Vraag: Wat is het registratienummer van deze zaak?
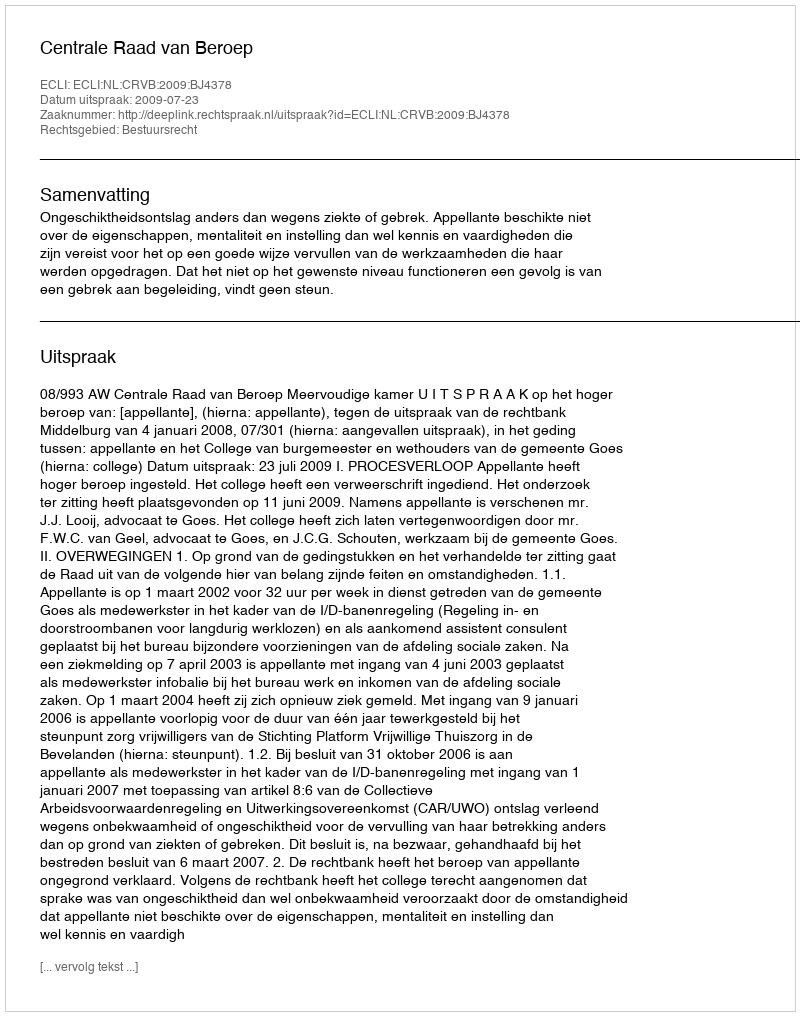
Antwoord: http://deeplink.rechtspraak.nl/uitspraak?id=ECLI:NL:CRVB:2009:BJ4378